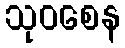
သုဝစေန